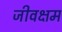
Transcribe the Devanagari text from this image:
जीवक्षम